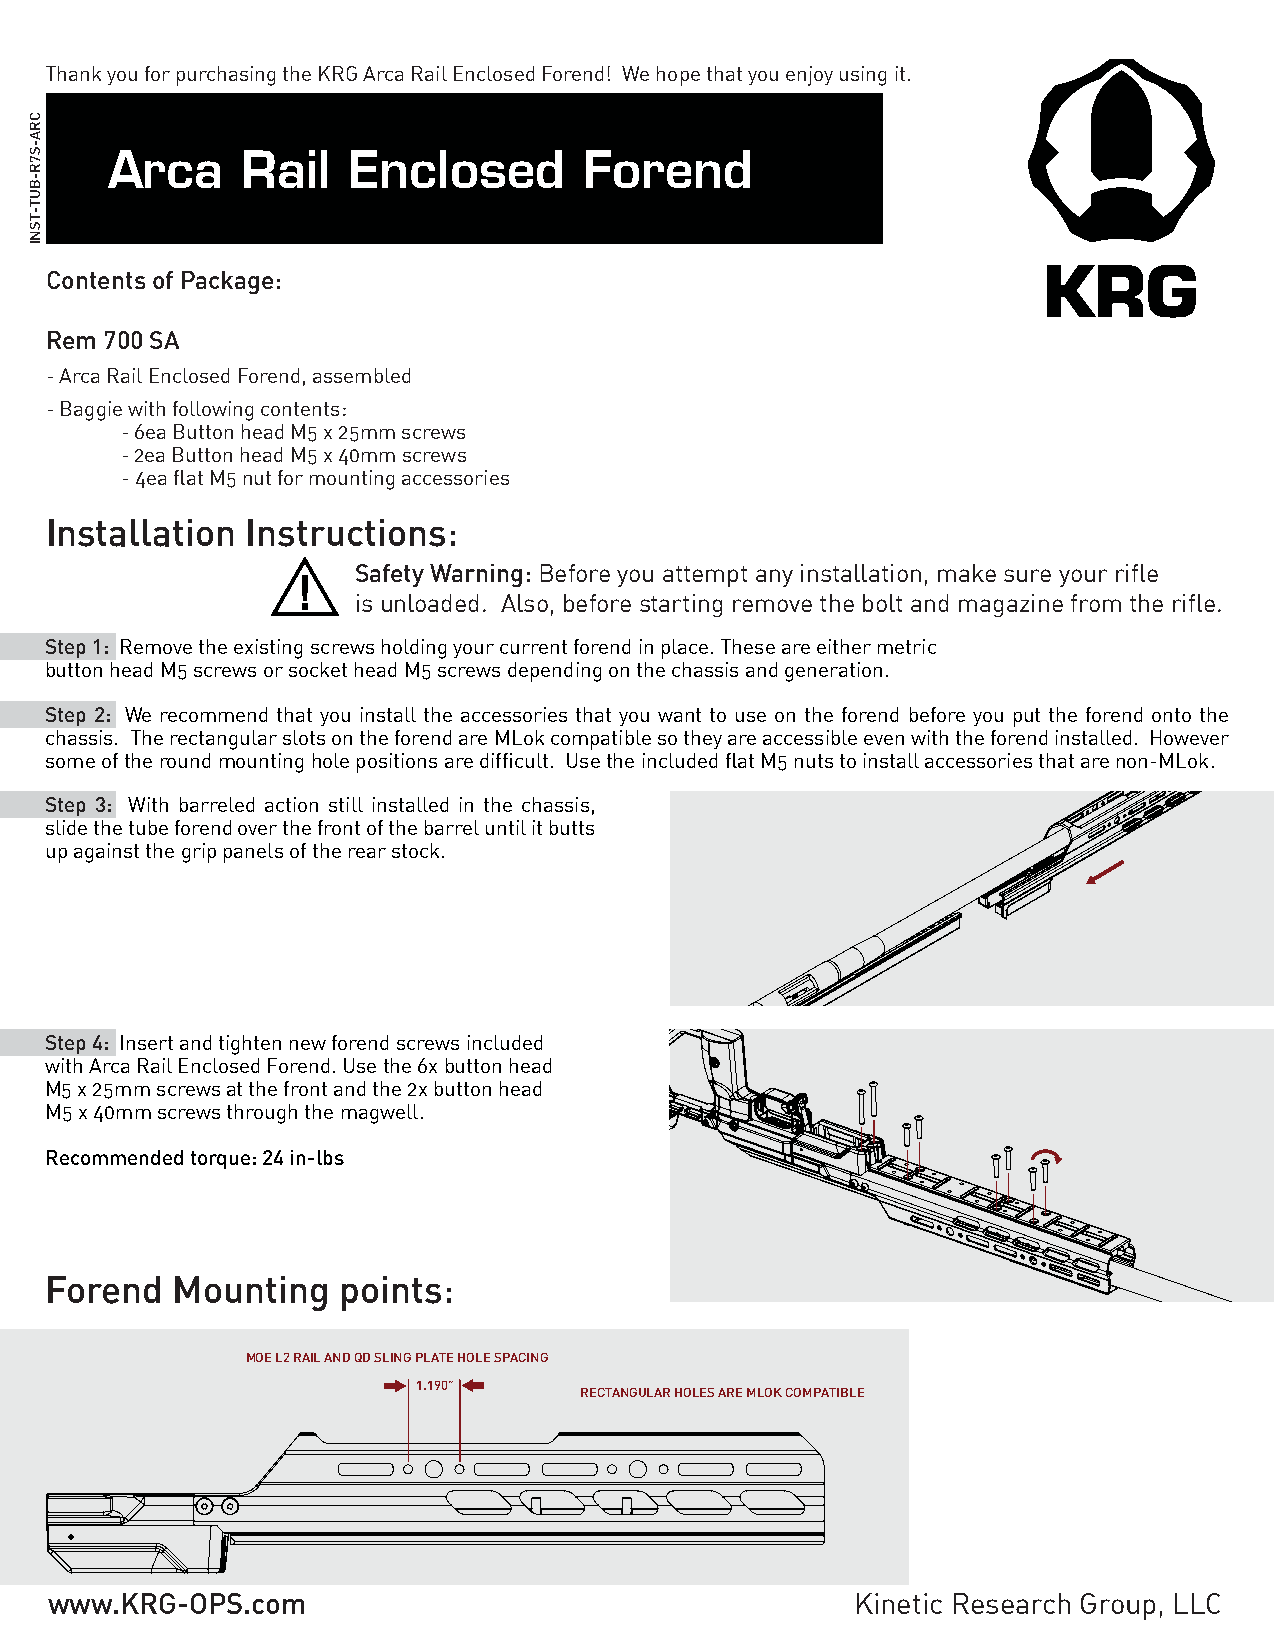
Thank you for purchasing the KRG Arca Rail Enclosed Forend! We hope that you enjoy using it.
 Arca     Rail   Enclosed        Forend
 Contents of Package:
 Rem 700 SA
 - Arca Rail Enclosed Forend, assembled
 - Baggie with following contents:
 - 6ea Button head M5 x 25mm screws
 - 2ea Button head M5 x 40mm screws
 - 4ea flat M5 nut for mounting accessories
 Installation Instructions:
 Safety Warning: Before you attempt any installation, make sure your rifle
 is unloaded. Also, before starting remove the bolt and magazine from the rifle.
 Step 1: Remove the existing screws holding your current forend in place. These are either metric
 button head M5 screws or socket head M5 screws depending on the chassis and generation.
 Step 2: We recommend that you install the accessories that you want to use on the forend before you put the forend onto the
 chassis. The rectangular slots on the forend are MLok compatible so they are accessible even with the forend installed. However
 some of the round mounting hole positions are difficult. Use the included flat M5 nuts to install accessories that are non-MLok.
 Step 3: With barreled action still installed in the chassis,
 slide the tube forend over the front of the barrel until it butts
 up against the grip panels of the rear stock.
 Step 4: Insert and tighten new forend screws included
 with Arca Rail Enclosed Forend. Use the 6x button head
 M5 x 25mm screws at the front and the 2x button head
 M5 x 40mm screws through the magwell.
 Recommended torque: 24 in-lbs
 Forend  Mounting   points:
 MOE L2 RAIL AND QD SLING PLATE HOLE SPACING
 1.190”
 RECTANGULAR HOLES ARE MLOK COMPATIBLE
 www.KRG-OPS.com                                       Kinetic Research Group, LLC
 CRA-S7R-BUT-TSNI